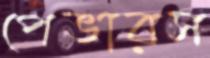
পেভারস